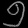
Digit: ၅